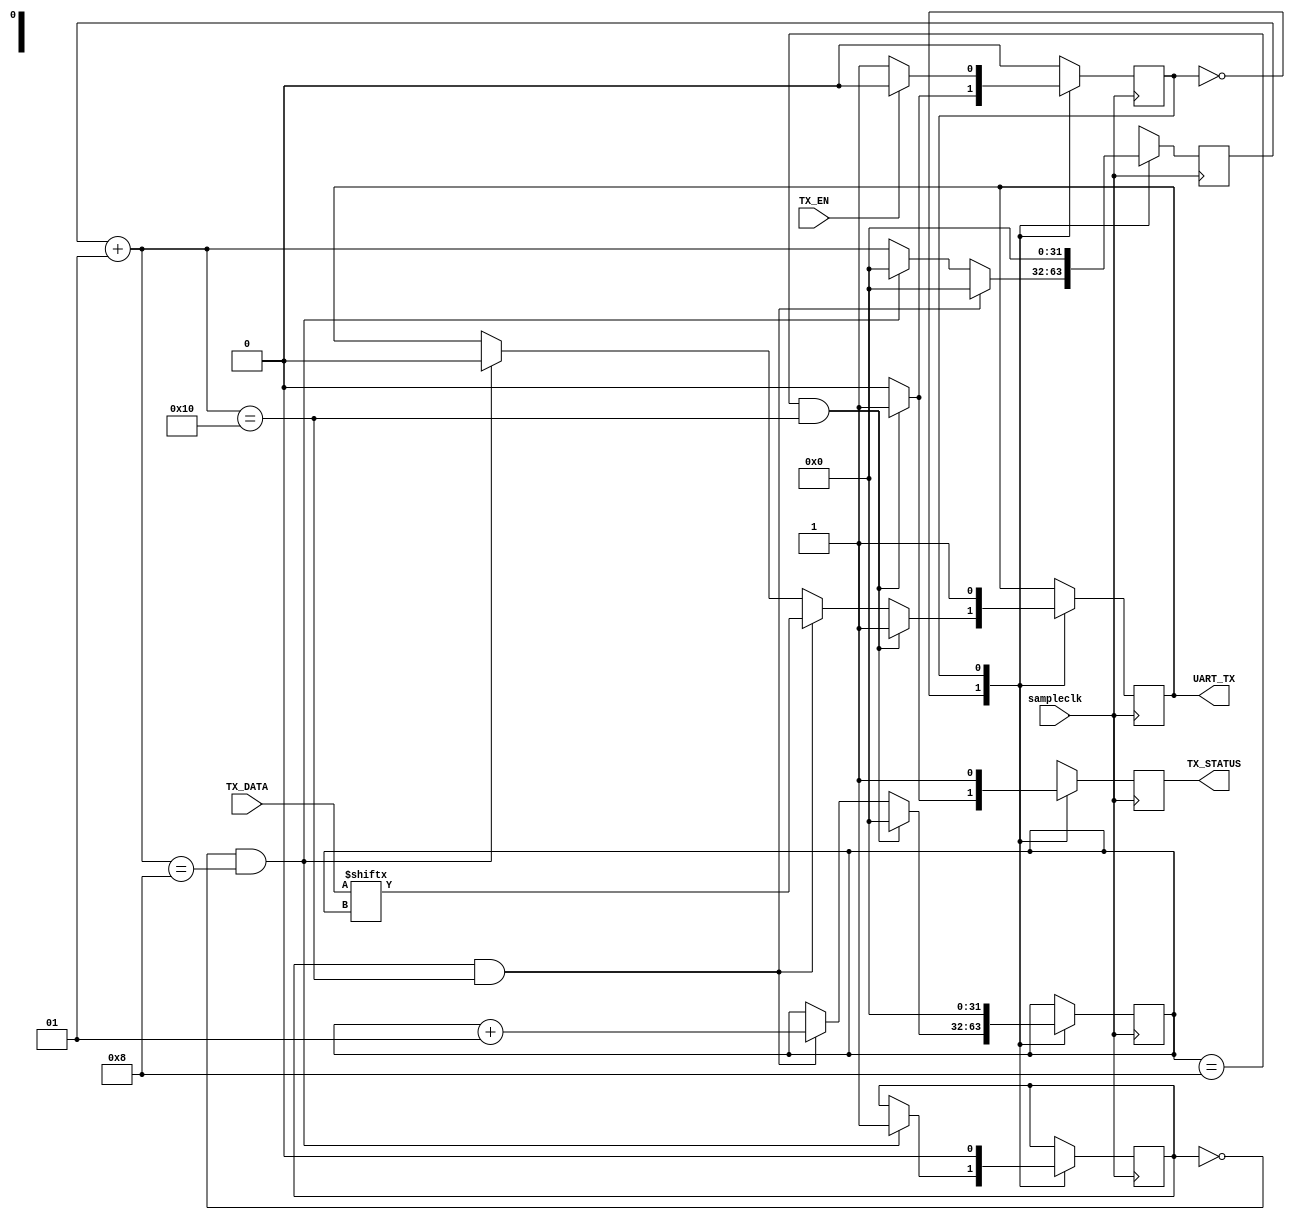
module Sender(sampleclk,TX_DATA,TX_EN,TX_STATUS,UART_TX);
input sampleclk,TX_EN;
input [7:0] TX_DATA;
output reg TX_STATUS,UART_TX;
reg flag,state;
integer i,j;
//state==0 means sender is sending data
//state==1 means sender is waiting for new data
always @(posedge sampleclk) begin
	case(state)
	0:
	begin
		TX_STATUS<=0;
		j=j+1;
		if(flag==0&&j==8) begin 
			UART_TX<=0;
			flag<=1;
			j<=0;
		end
		if(flag==1&&j==16) begin
			UART_TX<=TX_DATA[i];
			i<=i+1;
			j<=0;
		end
		if(i==8&&j==16) begin
			TX_STATUS<=1;
			UART_TX<=1;
			state<=1;
			i<=0;
		end
	end
	1:
	begin 
		TX_STATUS<=1;
		UART_TX<=1;
		i<=0;
		j<=0;
		flag<=0;
		if(TX_EN==1) state<=0;
	end
	default:state<=1;
	endcase
end
endmodule